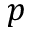
p